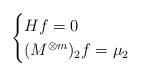
LaTeX: \begin{align*}\begin{cases}H f=0 \\(M^{\otimes m})_{2} f= \mu_2\end{cases}\end{align*}